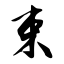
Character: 束